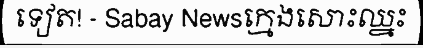
ទៀត! - Sabay Newsក្មេងសោះឈ្នះ